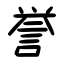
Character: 誉